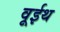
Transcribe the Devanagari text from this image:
वूईथ